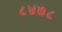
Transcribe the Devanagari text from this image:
८४७८